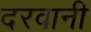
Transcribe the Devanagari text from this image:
दरवानी